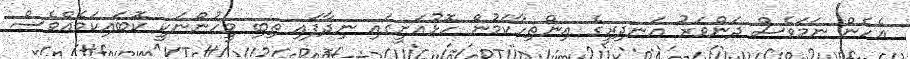
އެހެން ނަމަވެސް ދަންވަރު އަނދިރީގެ އިންތިހާކަމުން ހޮޅުއަށީގައި ނިދާފައި ތިބި މީހުންނަކީ ކޮބައިކަމެއްވެސް